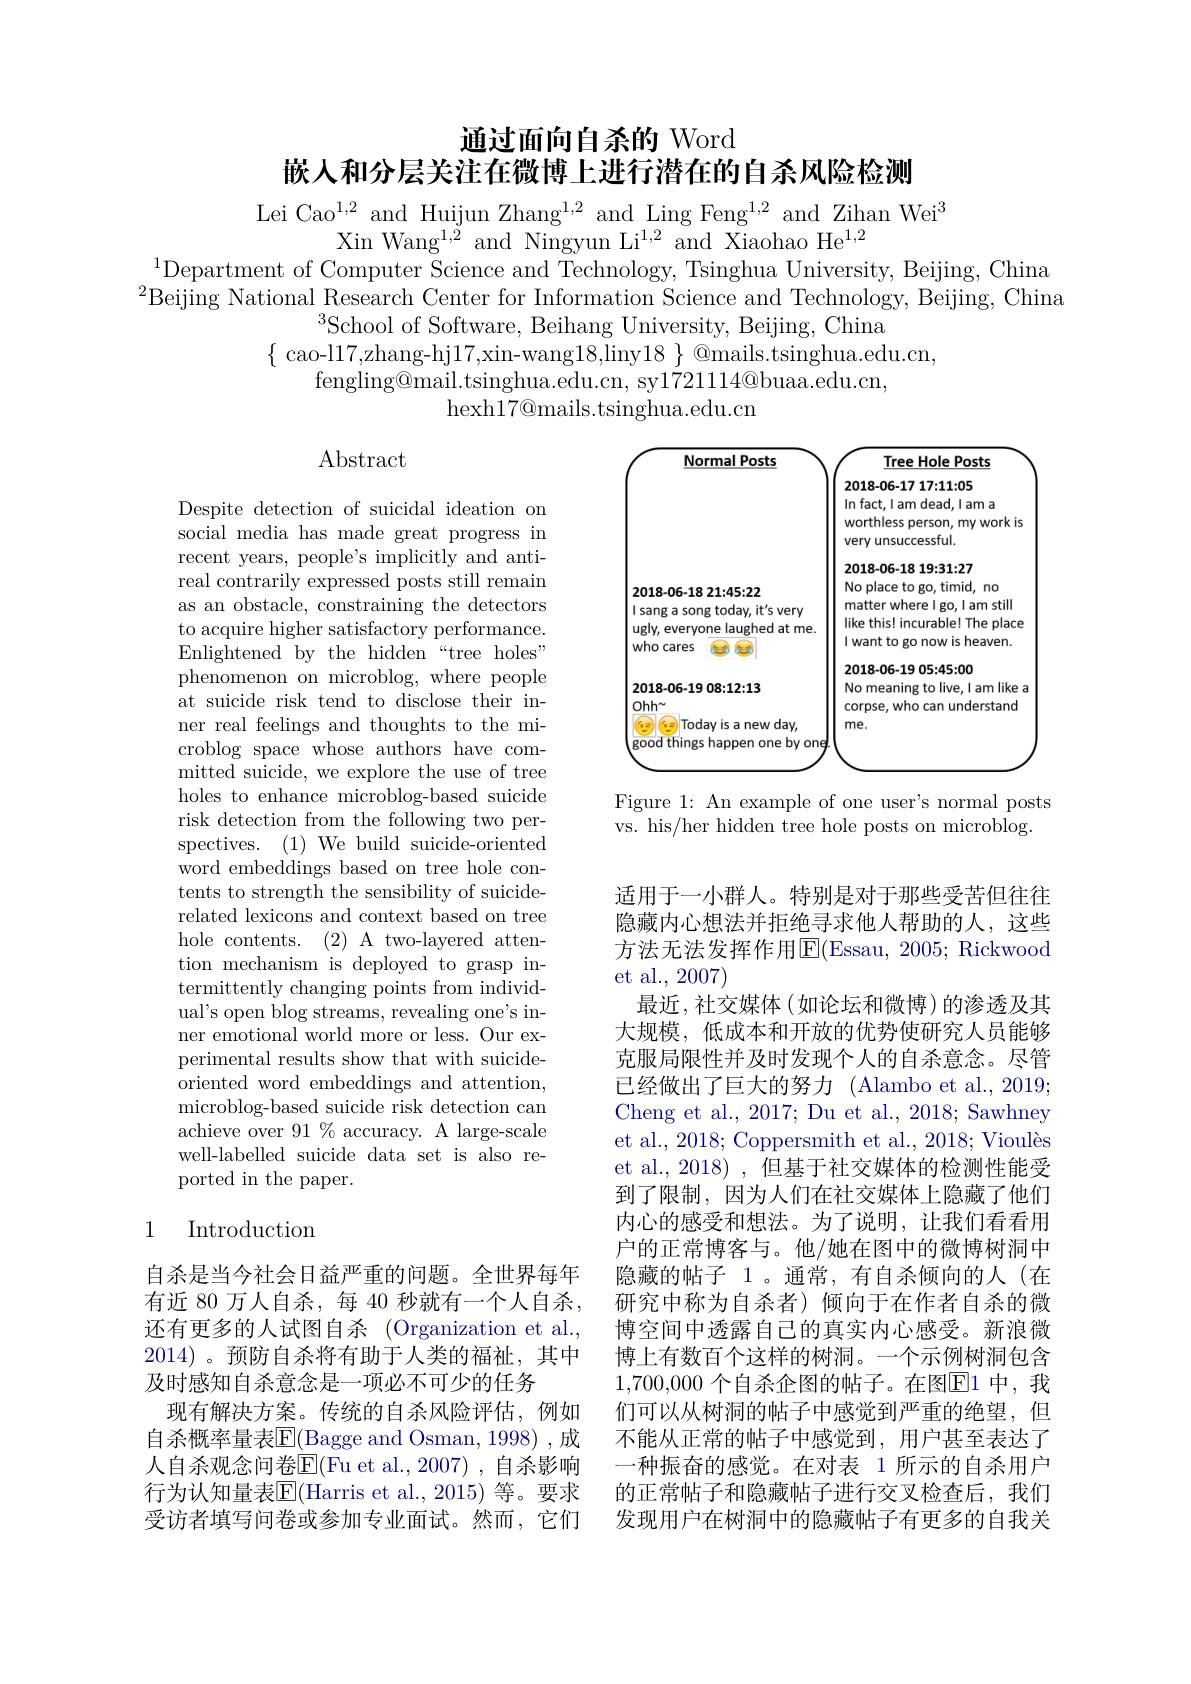
通过面向自杀的 Word
嵌人和分层关注在微博上进行潜在的自杀风险检测

Lei Cao$^1,2$ and Huijun Zhang$^1,2$ and Ling Feng$^{1,2}$ and Zihan Wei$^3$
Xin Wang$^1,2$ and Ningyun Li$^{1,2}$ and Xiaohao He$^1,2$
$^{1}$Department of Computer Science and Technology, Tsinghua University, Beijing, China $^{2}$Beijing National Research Center for Information Science and Technology, Beijing, China
$^3$School of Software, Beihang University, Beijing, China
$\{$cao-l17,zhang-hj17,xin-wang18,liny$18\}@$mails.tsinghua.edu.cn,
fengling@mail.tsinghua.edu.cn, sy1721114@buaa.edu.cn,
hexh17@ mails. tsinghua. edu. cn

$\operatorname{Abstract}$

<FigureHere>

Figure 1: An example of one user's normal posts vs. his/her hidden tree hole posts on microblog.

Despite detection of suicidal ideation on social media has made great progress in recent years, people's implicitly and antireal contrarily expressed posts still remain as an obstacle, constraining the detectors to acquire higher satisfactory performance. Enlightened by the hidden“tree holes” phenomenon on microblog, where people at suicide risk tend to disclose their inner real feelings and thoughts to the microblog space whose authors have committed suicide, we explore the use of tree holes to enhance microblog-based suicide risk detection from the following two perspectives. (1) We build suicide-oriented word embeddings based on tree hole contents to strength the sensibility of suiciderelated lexicons and context based on tree hole contents. (2)A two-layered attention mechanism is deployed to grasp intermittently changing points from individual's open blog streams, revealing one's inner emotional world more or less. Our experimental results show that with suicideoriented word embeddings and attention, microblog-based suicide risk detection can achieve over 91 % accuracy. A large-scale well-labelled suicide data set is also reported in the paper.

适用于一小群人。特别是对于那些受苦但往往隐藏内心想法并拒绝寻求他人帮助的人，这些方法无法发挥作用$\overline{\mathrm{E}}($Essau, 2005; Rickwood et al., 2007)
最近，社交媒体(如论坛和微博)的渗透及其大规模，低成本和开放的优势使研究人员能够克服局限性并及时发现个人的自杀意念。尽管已经做出了巨大的努力 (Alambo et al., 2019; Cheng et al., 2017; Du et al., 2018; Sawhney et al., 2018; Coppersmith et al., 2018; Vioulès et al., 2018) , 但基于社交媒体的检测性能受到了限制，因为人们在社交媒体上隐藏了他们内心的感受和想法。为了说明，让我们看看用户的正常博客与。他/她在图中的微博树洞中隐藏的帖子 1 。通常，有自杀倾向的人(在研究中称为自杀者)倾向于在作者自杀的微博空间中透露自己的真实内心感受。新浪微博上有数百个这样的树洞。一个示例树洞包含1,700,000 个自杀企图的帖子。在图$\boxed{\mathrm{E}}1$ 中，我们可以从树洞的帖子中感觉到严重的绝望，但不能从正常的帖子中感觉到，用户甚至表达了一种振奋的感觉。在对表 1 所示的自杀用户的正常帖子和隐藏帖子进行交叉检查后，我们发现用户在树洞中的隐藏帖子有更多的自我关

## 1 Introduction

自杀是当今社会日益严重的问题。全世界每年有近 80 万人自杀，每 40 秒就有一个人自杀， 还有更多的人试图自杀 (Organization et al., 2014)。预防自杀将有助于人类的福祉，其中及时感知自杀意念是一项必不可少的任务
现有解决方案。传统的自杀风险评估，例如自杀概率量表$\overline{\mathbb{E}}($Bagge and Osman, 1998) ,成人自杀观念问卷$\overline{\mathrm{E}}($Fu et al.,2007),自杀影响行为认知量表$\overline{\mathrm{E}}($Harris et al.,2015) 等。要求受访者填写问卷或参加专业面试。然而，它们